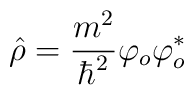
\hat \rho =\frac{m^2}{\hbar ^2}\varphi _o\varphi _o^{*}